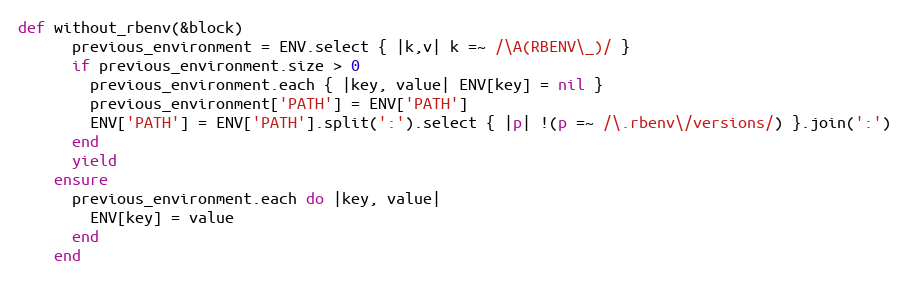
Language: Ruby
def without_rbenv(&block)
      previous_environment = ENV.select { |k,v| k =~ /\A(RBENV\_)/ }
      if previous_environment.size > 0
        previous_environment.each { |key, value| ENV[key] = nil }
        previous_environment['PATH'] = ENV['PATH']
        ENV['PATH'] = ENV['PATH'].split(':').select { |p| !(p =~ /\.rbenv\/versions/) }.join(':')
      end
      yield
    ensure
      previous_environment.each do |key, value|
        ENV[key] = value
      end
    end